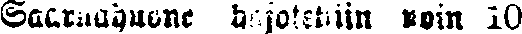
Saarnahuone hajotettiin noin 10